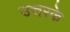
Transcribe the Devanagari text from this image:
उत्तरके